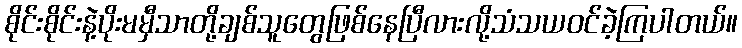
စိုင်းစိုင်းနဲ့ပိုးမမှီသာတို့ချစ်သူတွေဖြစ်နေပြီလားလို့သံသယဝင်ခဲ့ကြပါတယ်။